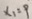
x _ { 1 } = 9